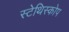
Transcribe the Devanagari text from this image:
स्टेथिस्कोप